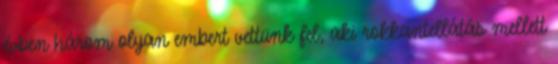
évben három olyan embert vettünk fel, aki rokkantellátás mellett